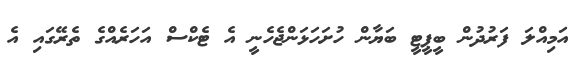
އަމިއްލަ ފަރުދުން ބީޕީޓީ ބަޔާން ހުށަހަޅަންޖެހެނީ އެ ޓެކްސް އަހަރެއްގެ ތެރޭގައި އެ